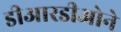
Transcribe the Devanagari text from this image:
डीआरडीओने